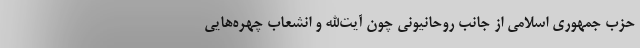
حزب جمهوری اسلامی از جانب روحانیونی چون آیت‌الله و انشعاب چهره‌هایی